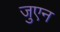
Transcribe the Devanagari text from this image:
जुएन